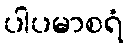
ပါပမာစရံ